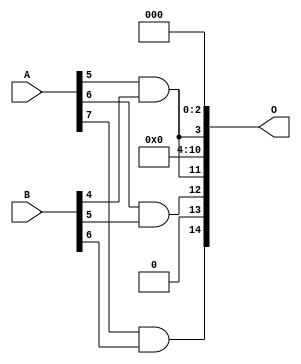
// This program was cloned from: https://github.com/ehw-fit/evoapproxlib
// License: MIT License

/***
* This code is a part of EvoApproxLib library (ehw.fit.vutbr.cz/approxlib) distributed under The MIT License.
* When used, please cite the following article(s): V. Mrazek, L. Sekanina, Z. Vasicek "Libraries of Approximate Circuits: Automated Design and Application in CNN Accelerators" IEEE Journal on Emerging and Selected Topics in Circuits and Systems, Vol 10, No 4, 2020 
* This file contains a circuit from a sub-set of pareto optimal circuits with respect to the pwr and wce parameters
***/
// MAE% = 9.73 %
// MAE = 3189 
// WCE% = 30.62 %
// WCE = 10033 
// WCRE% = 301.56 %
// EP% = 98.83 %
// MRE% = 62.41 %
// MSE = 16898.093e3 
// PDK45_PWR = 0.00089 mW
// PDK45_AREA = 7.0 um2
// PDK45_DELAY = 0.04 ns

module mul8x7u_056 (
    A,
    B,
    O
);

input [7:0] A;
input [6:0] B;
output [14:0] O;

wire sig_204,sig_250,sig_252;

assign sig_204 = A[5] & B[4];
assign sig_250 = A[6] & B[5];
assign sig_252 = A[7] & B[6];

assign O[14] = sig_252;
assign O[13] = 1'b0;
assign O[12] = sig_250;
assign O[11] = sig_204;
assign O[10] = 1'b0;
assign O[9] = 1'b0;
assign O[8] = 1'b0;
assign O[7] = 1'b0;
assign O[6] = 1'b0;
assign O[5] = 1'b0;
assign O[4] = 1'b0;
assign O[3] = sig_204;
assign O[2] = 1'b0;
assign O[1] = 1'b0;
assign O[0] = 1'b0;

endmodule